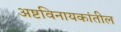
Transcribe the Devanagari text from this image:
अष्टविनायकांतील